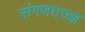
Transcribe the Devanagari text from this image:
संगणतज्ज्ञ